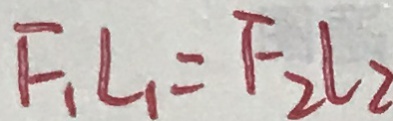
F _ { 1 } L _ { 1 } = F _ { 2 } l _ { 2 }